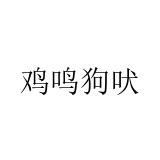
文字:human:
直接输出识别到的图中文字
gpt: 鸡鸣狗吠